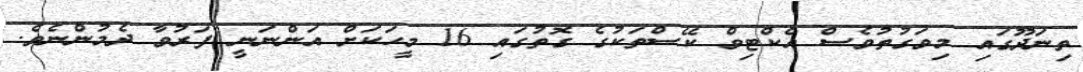
ތިނަދޫގައި މިވަގުތުވެސް އެކްޓިވް ކޭސްތަކުގެ ގޮތުގައި 16 މީހަކަށް އަންނަނީ ފަރުވާ ދެމުންނެވެ.